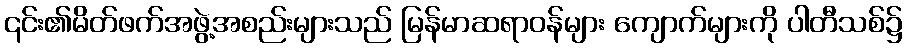
၎င်း၏မိတ်ဖက်အဖွဲ့အစည်းများသည် မြန်မာဆရာဝန်များ ကျောက်များကို ပါတီသစ်၌